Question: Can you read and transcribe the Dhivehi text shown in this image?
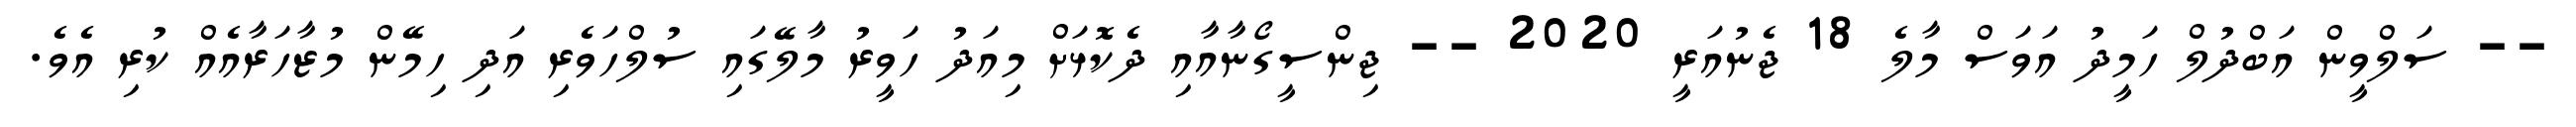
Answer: -- ސަލްވީން އަބްދުލް ހަމީދު އަވަސް މާލެ 18 ޖެނުއަރީ 2020 -- ޖިންސީގޯނާއާއި ދެކޮޅަށް މިއަދު ހަވީރު މާލޭގައި ސުލްހަވެރި އަދި ހިމޭން މުޒާހަރާއެއް ކުރި އެވެ.